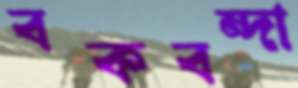
বকবন্দা